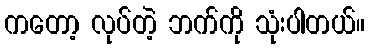
ကတော့ လုပ်တဲ့ ဘက်ကို သုံးပါတယ်။